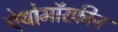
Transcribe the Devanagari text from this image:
ऐयोमॉरफ़ीन